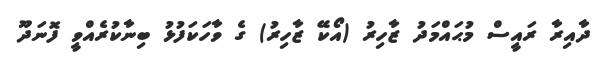
ދާއިރާ ރައީސް މުޙައްމަދު ޒާހިރު (އޯކޭ ޒާހިރު) ގެ ވާހަކަފުޅު ބިނާކުރެއްވީ ފޮނަދޫ